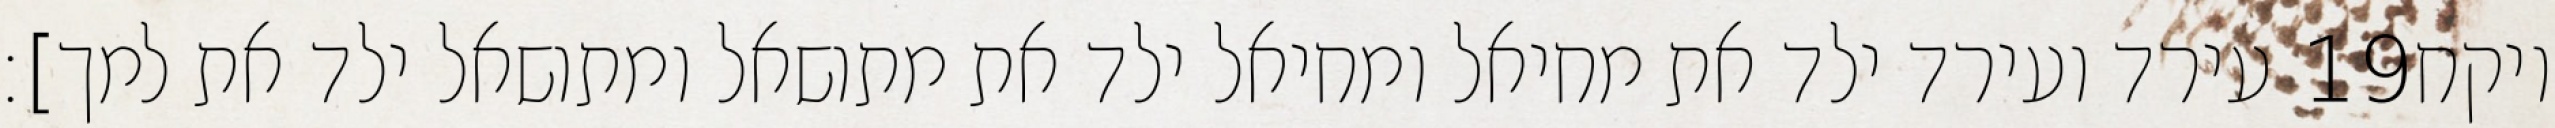
עירד ועירד ילד את מחיאל ומחיאל ילד את מתושאל ומתושאל ילד את למך]׃ ‎19‏ ויקח